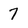
Character: 7